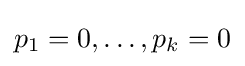
p_{1}=0,\ldots ,p_{k}=0